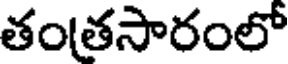
తంతసారంలో